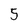
Character: 5